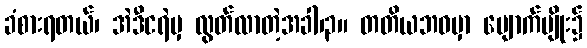
ခံစားရတယ်၊ အဲဒီငရဲမှ လွတ်လာတဲ့အခါ၊၃။ တတိယဘဝမှာ မျောက်မျိုး၌